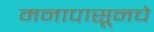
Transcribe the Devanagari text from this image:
मनापासूनचे